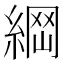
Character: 𦂴